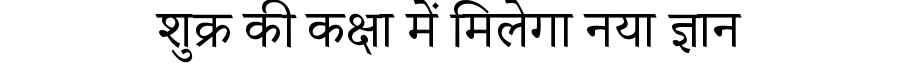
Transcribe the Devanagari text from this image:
शुक्र की कक्षा में मिलेगा नया ज्ञान